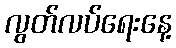
လွတ်လပ်ရေးနေ့